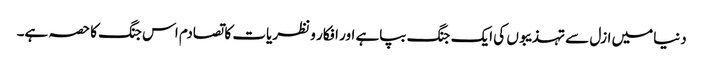
دنیامیں ازل سے تہذیبوں کی ایک جنگ بپاہے اور افکار و نظریات کا تصادم اس جنگ کا حصہ ہے۔